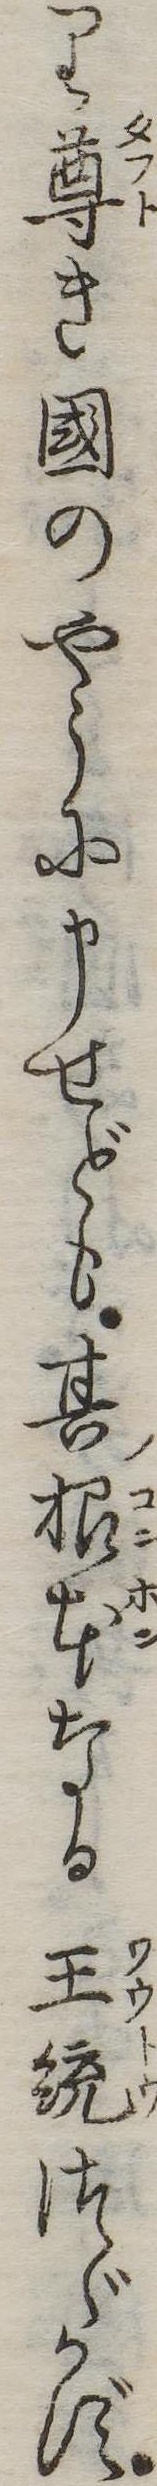
り尊き国のやうに申せども其根本なる王統つゞかず